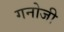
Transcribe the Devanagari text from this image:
गनोजी